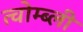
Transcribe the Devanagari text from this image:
त्वोम्ब्ली